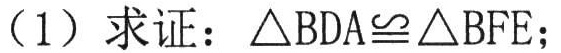
（1）求证：\(\triangle BDA\cong\triangle BFE\)；